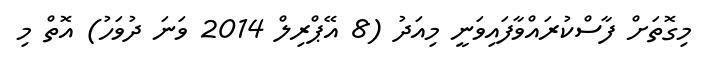
މިގޮތަށް ފާސްކުރައްވާފައިވަނީ މިއަދު (8 އޭޕްރިލް 2014 ވަނަ ދުވަހު) އޮތް މި